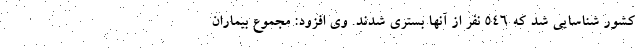
کشور شناسایی شد که ۵۴۶ نفر از آنها بستری شدند. وی افزود: مجموع بیماران